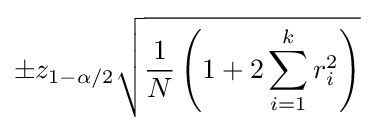
\pm z_{1-\alpha /2}{\sqrt {{\frac {1}{N}}\left(1+2\sum _{i=1}^{k}r_{i}^{2}\right)}}